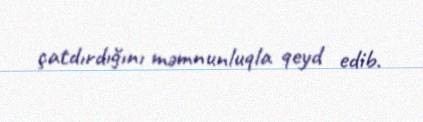
çatdırdığını məmnunluqla qeyd edib.